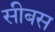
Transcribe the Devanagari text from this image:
सीबस